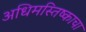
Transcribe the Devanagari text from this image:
अधिमस्तिष्काचा